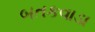
બતકવાડા